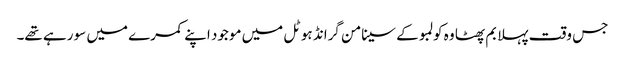
جس وقت پہلا بم پھٹا وہ کولمبو کے سینامن گرانڈ ہوٹل میں موجود اپنے کمرے میں سو رہے تھے۔